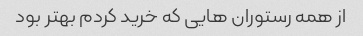
از همه رستوران هایی که خرید کردم بهتر بود